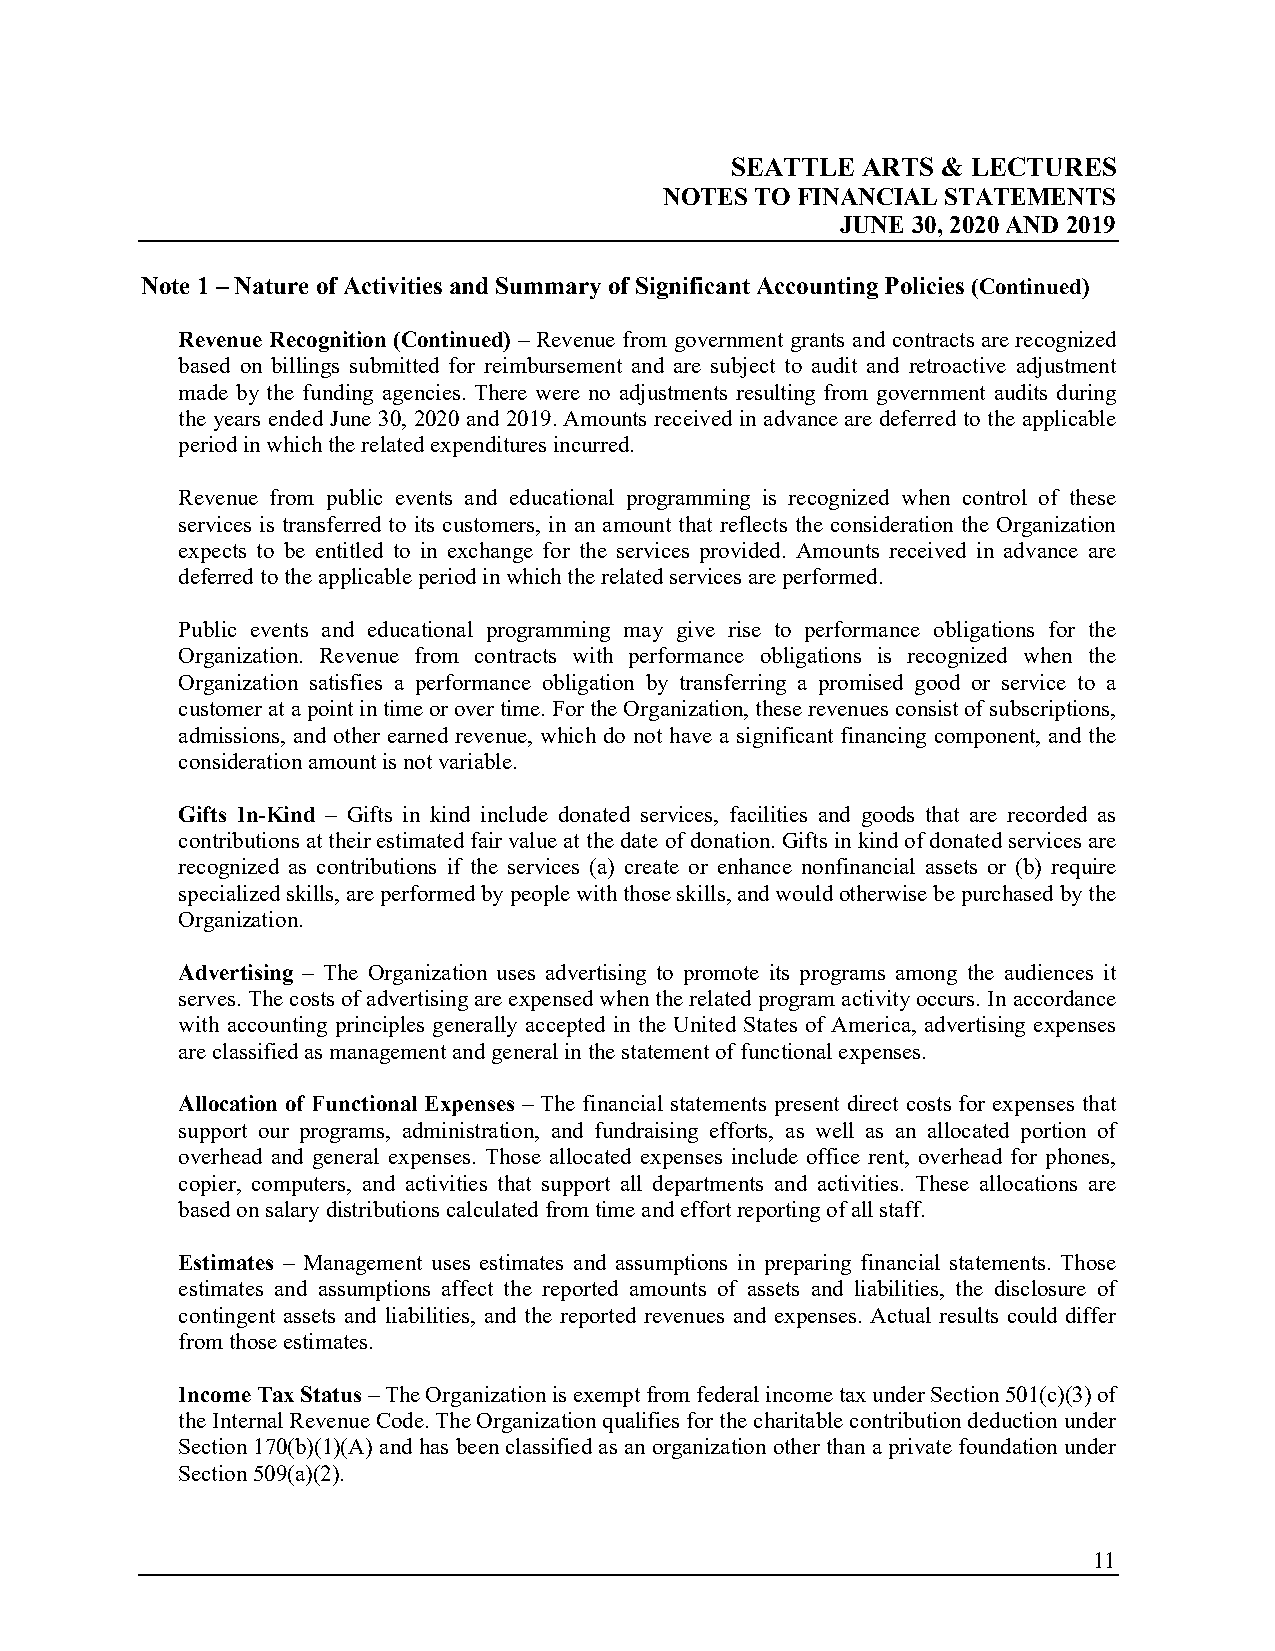
SEATTLE  ARTS & LECTURES
 NOTES TO FINANCIAL STATEMENTS
 JUNE 30, 2020 AND 2019
 Note 1 – Nature of Activities and Summary of Significant Accounting Policies (Continued)
 Revenue Recognition (Continued) – Revenue from government grants and contracts are recognized
 based on billings submitted for reimbursement and are subject to audit and retroactive adjustment
 made by the funding agencies. There were no adjustments resulting from government audits during
 the years ended June 30, 2020 and 2019. Amounts received in advance are deferred to the applicable
 period in which the related expenditures incurred.
 Revenue from public events and educational programming is recognized when control of these
 services is transferred to its customers, in an amount that reflects the consideration the Organization
 expects to be entitled to in exchange for the services provided. Amounts received in advance are
 deferred to the applicable period in which the related services are performed.
 Public events and educational programming may give rise to performance obligations for the
 Organization. Revenue from contracts with performance obligations is recognized when the
 Organization satisfies a performance obligation by transferring a promised good or service to a
 customer at a point in time or over time. For the Organization, these revenues consist of subscriptions,
 admissions, and other earned revenue, which do not have a significant financing component, and the
 consideration amount is not variable.
 Gifts In-Kind – Gifts in kind include donated services, facilities and goods that are recorded as
 contributions at their estimated fair value at the date of donation. Gifts in kind of donated services are
 recognized as contributions if the services (a) create or enhance nonfinancial assets or (b) require
 specialized skills, are performed by people with those skills, and would otherwise be purchased by the
 Organization.
 Advertising – The Organization uses advertising to promote its programs among the audiences it
 serves. The costs of advertising are expensed when the related program activity occurs. In accordance
 with accounting principles generally accepted in the United States of America, advertising expenses
 are classified as management and general in the statement of functional expenses.
 Allocation of Functional Expenses – The financial statements present direct costs for expenses that
 support our programs, administration, and fundraising efforts, as well as an allocated portion of
 overhead and general expenses. Those allocated expenses include office rent, overhead for phones,
 copier, computers, and activities that support all departments and activities. These allocations are
 based on salary distributions calculated from time and effort reporting of all staff.
 Estimates – Management uses estimates and assumptions in preparing financial statements. Those
 estimates and assumptions affect the reported amounts of assets and liabilities, the disclosure of
 contingent assets and liabilities, and the reported revenues and expenses. Actual results could differ
 from those estimates.
 Income Tax Status – The Organization is exempt from federal income tax under Section 501(c)(3) of
 the Internal Revenue Code. The Organization qualifies for the charitable contribution deduction under
 Section 170(b)(1)(A) and has been classified as an organization other than a private foundation under
 Section 509(a)(2).
 11